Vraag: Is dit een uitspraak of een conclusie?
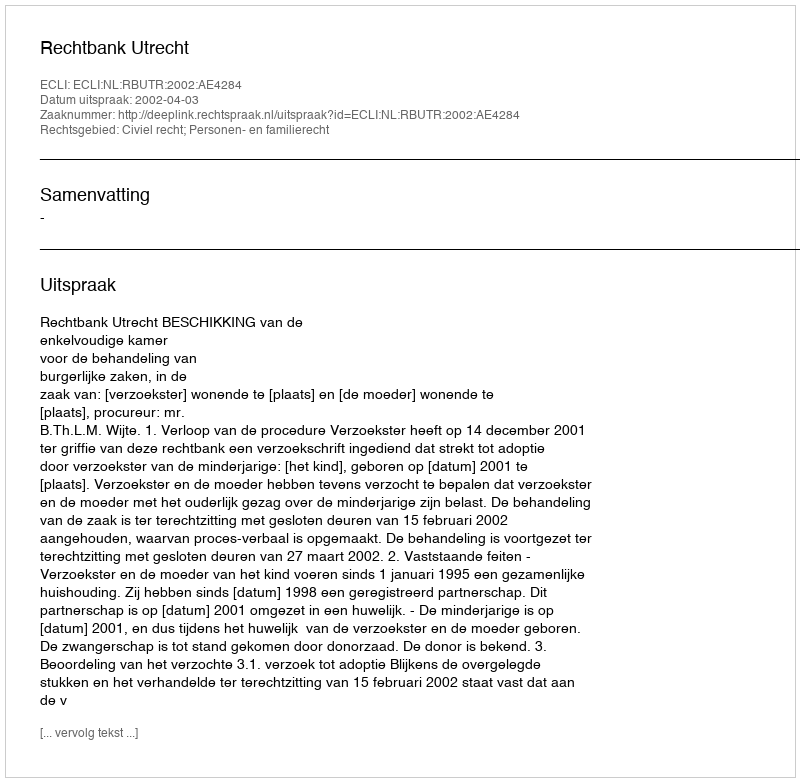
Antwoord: Uitspraak